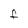
Character: F